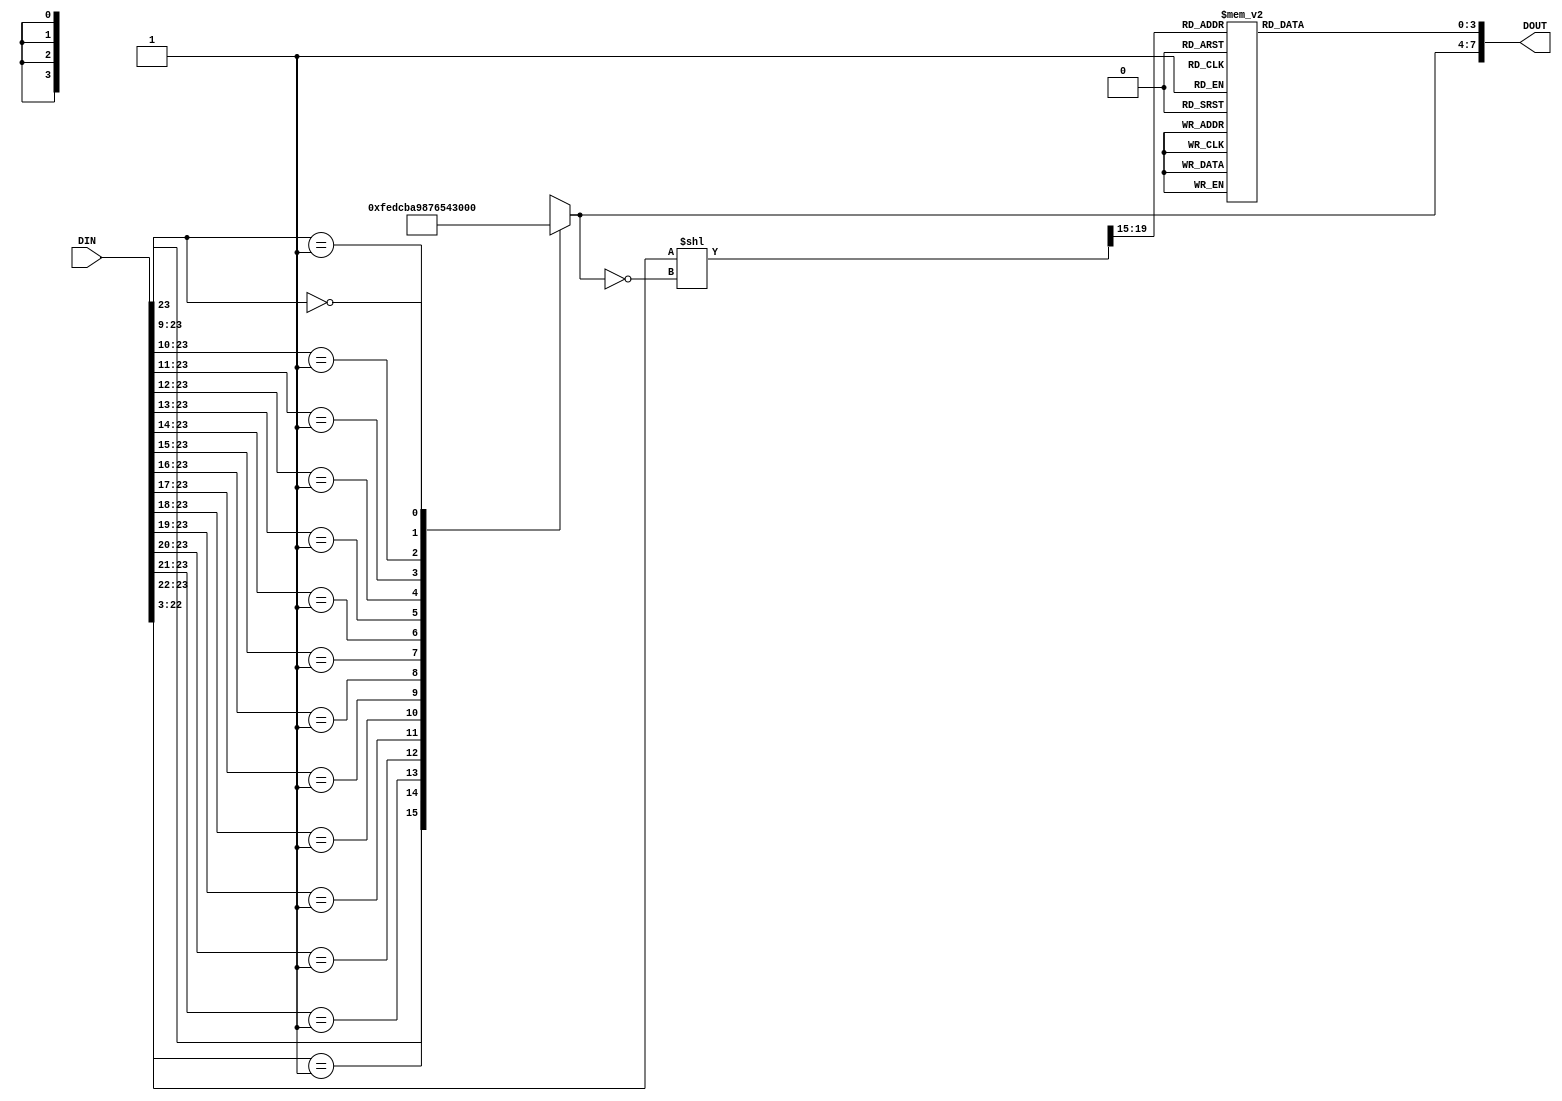
module Log2flowthru

/* 
A fast base-2 logarithm function, 24 bits (21 used) in, 8 bits out.
Designed and coded by: Michael Dunn, http://www.cantares.on.ca/
(more info at the web site - see "Extras")
Executes every cycle, with a latency of 1 - slower throughput than pipelined
version, but faster result.

This version has a smallish lookup table, hence, a slightly uneven output.
Valid input range = 000100 - FFFFFF. In effect, there is a binary point:
xxxx.yy. Logs of inputs below 1.00 are negative, and not handled by this design.

License: Free to use & modify, but please keep this header intact.
July 27, 2010, Kitchener, Ontario, Canada
*/

(
	input [23:0]	DIN,
	output	[7:0]	DOUT
);


// Comprises 3 main blocks: priority encoder, barrel shifter, and LUT

reg	[3:0]	priencout1;
reg	[3:0]	LUTout; 

assign	DOUT	=	{priencout1, LUTout};	// Basic top-level connectivity


// Barrel shifter - OMG, it's a primitive in Verilog!

wire	[19:0]	barrelin	=	DIN[22:3];
wire	[19:0]	tmp1 =	(barrelin << ~priencout1);
wire 	[4:0]	barrelout	=	tmp1[19:15];


// Priority encoder

wire	[15:0]	priencin = DIN[23:8];
always @*
casex (priencin)

	16'b1xxxxxxxxxxxxxxx:	priencout1	=	15;
	16'b01xxxxxxxxxxxxxx:	priencout1	=	14;
	16'b001xxxxxxxxxxxxx:	priencout1	=	13;	
	16'b0001xxxxxxxxxxxx:	priencout1	=	12;	
	16'b00001xxxxxxxxxxx:	priencout1	=	11;	
	16'b000001xxxxxxxxxx:	priencout1	=	10;	
	16'b0000001xxxxxxxxx:	priencout1	=	9;	
	16'b00000001xxxxxxxx:	priencout1	=	8;	
	16'b000000001xxxxxxx:	priencout1	=	7;	
	16'b0000000001xxxxxx:	priencout1	=	6;	
	16'b00000000001xxxxx:	priencout1	=	5;	
	16'b000000000001xxxx:	priencout1	=	4;	
	16'b0000000000001xxx:	priencout1	=	3;	
	16'b00000000000001xx:	priencout1	=	2;	
	16'b000000000000001x:	priencout1	=	1;	
	16'b000000000000000x:	priencout1	=	0;
	
endcase



/*
LUT for log fraction lookup
 - can be done with array or case:

case (addr)
0:out=0;
.
31:out=15;
endcase

	OR
	
wire [3:0] lut [0:31];
assign lut[0] = 0;
.
assign lut[31] = 15;

Are there any better ways?
*/

// Let's try "case".
// The equation is: output = log2(1+input/32)*16
// For larger tables, better to generate a separate data file using a program!

always @*
case (barrelout)

	0:	LUTout	=	0;
	1:	LUTout	=	1;
	2:	LUTout	=	1;
	3:	LUTout	=	2;
	4:	LUTout	=	3;
	5:	LUTout	=	3;
	6:	LUTout	=	4;
	7:	LUTout	=	5;
	8:	LUTout	=	5;
	9:	LUTout	=	6;
	10:	LUTout	=	6;
	11:	LUTout	=	7;
	12:	LUTout	=	7;
	13:	LUTout	=	8;
	14:	LUTout	=	8;
	15:	LUTout	=	9;
	16:	LUTout	=	9;
	17:	LUTout	=	10;
	18:	LUTout	=	10;
	19:	LUTout	=	11;
	20:	LUTout	=	11;
	21:	LUTout	=	12;
	22:	LUTout	=	12;
	23:	LUTout	=	13;
	24:	LUTout	=	13;
	25:	LUTout	=	13;
	26:	LUTout	=	14;
	27:	LUTout	=	14;
	28:	LUTout	=	14;	// calculated value is *slightly* closer to 15, but 14 makes for a smoother curve!
	29:	LUTout	=	15;
	30:	LUTout	=	15;
	31:	LUTout	=	15;

endcase

endmodule
module Log2highacc

/* 
A fast base-2 logarithm function, 24 bits (22 used) in, 12 bits out.
Designed and coded by: Michael Dunn, http://www.cantares.on.ca/
(more info at the web site - see "Extras")
Executes every cycle, with a latency of 3.

Compared to previous versions, this one has a larger, higher resolution
lookup table. This provides a smoother and more accurate output, though
a downside of having higher LUT resolution than the LUT depth fully
supports is that there are missing codes in the output. If this is a problem,
the lower 2 or 3 output bits can be ignored. In most cases, use all the
bits you can!

Valid input range = 000100 - FFFFFF. In effect, there is a binary point:
xxxx.yy. Logs of inputs below 1.00 are negative, and not handled by this design.

License: Free to use & modify, but please keep this header intact.
August 2, 2010, Kitchener, Ontario, Canada
*/

(
	input [23:0]	DIN,
	input			clk,

	output	[11:0]	DOUT
);


// Comprises 4 main blocks: priority encoder, barrel shifter, LUT, and adder.

reg	[3:0]	priencout1;
reg	[3:0]	priencout2;
reg	[3:0]	priencout3;
reg	[5:0]	barrelout;
reg	[20:0]	barrelin;
reg	[7:0]	LUTout;

assign	DOUT	=	{priencout3, LUTout};	// Basic top-level connectivity

always @(posedge clk) 					
begin
	priencout2	<=	priencout1;
	priencout3	<=	priencout2;
	barrelin	<=	DIN[22:2];
end


wire [20:0] tmp1 =	(barrelin << ~priencout1);	// Barrel shifter - OMG, it's a primitive in Verilog!
always @(posedge clk)
begin
	barrelout	<=	tmp1[20:15];
end


wire	[15:0]	priencin = DIN[23:8];

always @(posedge clk)						// Priority encoder

casex (priencin)

	16'b1xxxxxxxxxxxxxxx:	priencout1	<=	15;
	16'b01xxxxxxxxxxxxxx:	priencout1	<=	14;
	16'b001xxxxxxxxxxxxx:	priencout1	<=	13;	
	16'b0001xxxxxxxxxxxx:	priencout1	<=	12;	
	16'b00001xxxxxxxxxxx:	priencout1	<=	11;	
	16'b000001xxxxxxxxxx:	priencout1	<=	10;	
	16'b0000001xxxxxxxxx:	priencout1	<=	9;	
	16'b00000001xxxxxxxx:	priencout1	<=	8;	
	16'b000000001xxxxxxx:	priencout1	<=	7;	
	16'b0000000001xxxxxx:	priencout1	<=	6;	
	16'b00000000001xxxxx:	priencout1	<=	5;	
	16'b000000000001xxxx:	priencout1	<=	4;	
	16'b0000000000001xxx:	priencout1	<=	3;	
	16'b00000000000001xx:	priencout1	<=	2;	
	16'b000000000000001x:	priencout1	<=	1;	
	16'b000000000000000x:	priencout1	<=	0;
	
endcase



/*
LUT for log fraction lookup
 - can be done with array or case:

case (addr)
0:out=0;
.
31:out=15;
endcase

	OR
	
wire [3:0] lut [0:31];
assign lut[0] = 0;
.
assign lut[31] = 15;

Are there any better ways?
*/

// Let's try "case".
// The equation is: output = log2(1+input/64)*256
// For larger tables, better to generate a separate data file using a program!

always @(posedge clk)
case (barrelout)

	0:	LUTout	<=	0;
	1:	LUTout	<=	6;
	2:	LUTout	<=	11;
	3:	LUTout	<=	17;
	4:	LUTout	<=	22;
	5:	LUTout	<=	28;
	6:	LUTout	<=	33;
	7:	LUTout	<=	38;
	8:	LUTout	<=	44;
	9:	LUTout	<=	49;
	10:	LUTout	<=	54;
	11:	LUTout	<=	59;
	12:	LUTout	<=	63;
	13:	LUTout	<=	68;
	14:	LUTout	<=	73;
	15:	LUTout	<=	78;
	16:	LUTout	<=	82;
	17:	LUTout	<=	87;
	18:	LUTout	<=	92;
	19:	LUTout	<=	96;
	20:	LUTout	<=	100;
	21:	LUTout	<=	105;
	22:	LUTout	<=	109;
	23:	LUTout	<=	113;
	24:	LUTout	<=	118;
	25:	LUTout	<=	122;
	26:	LUTout	<=	126;
	27:	LUTout	<=	130;
	28:	LUTout	<=	134;
	29:	LUTout	<=	138;
	30:	LUTout	<=	142;
	31:	LUTout	<=	146;
	32:	LUTout	<=	150;
	33:	LUTout	<=	154;
	34:	LUTout	<=	157;
	35:	LUTout	<=	161;
	36:	LUTout	<=	165;
	37:	LUTout	<=	169;
	38:	LUTout	<=	172;
	39:	LUTout	<=	176;
	40:	LUTout	<=	179;
	41:	LUTout	<=	183;
	42:	LUTout	<=	186;
	43:	LUTout	<=	190;
	44:	LUTout	<=	193;
	45:	LUTout	<=	197;
	46:	LUTout	<=	200;
	47:	LUTout	<=	203;
	48:	LUTout	<=	207;
	49:	LUTout	<=	210;
	50:	LUTout	<=	213;
	51:	LUTout	<=	216;
	52:	LUTout	<=	220;
	53:	LUTout	<=	223;
	54:	LUTout	<=	226;
	55:	LUTout	<=	229;
	56:	LUTout	<=	232;
	57:	LUTout	<=	235;
	58:	LUTout	<=	238;
	59:	LUTout	<=	241;
	60:	LUTout	<=	244;
	61:	LUTout	<=	247;
	62:	LUTout	<=	250;
	63:	LUTout	<=	253;

endcase

endmodule
module Log2pipelined

/* 
A fast base-2 logarithm function, 24 bits (21 used) in, 8 bits out.
Designed and coded by: Michael Dunn, http://www.cantares.on.ca/
(more info at the web site - see "Extras")
Executes every cycle, with a latency of 3.

This version has a smallish lookup table, hence, a slightly uneven output.
Valid input range = 000100 - FFFFFF. In effect, there is a binary point:
xxxx.yy. Logs of inputs below 1.00 are negative, and not handled by this design.

License: Free to use & modify, but please keep this header intact.
July 22, 2010, Kitchener, Ontario, Canada
*/

(
	input [23:0]	DIN,
	input			clk,

	output	[7:0]	DOUT
);


// Comprises 3 main blocks: priority encoder, barrel shifter, and LUT

reg	[3:0]	priencout1;
reg	[3:0]	priencout2;
reg	[3:0]	priencout3;
reg	[4:0]	barrelout;
reg	[19:0]	barrelin;
reg	[3:0]	LUTout; 


assign	DOUT	=	{priencout3, LUTout};	// Basic top-level connectivity

always @(posedge clk) 					
begin
	priencout2	<=	priencout1;
	priencout3	<=	priencout2;
	barrelin	<=	DIN[22:3];
end


wire [19:0] tmp1 =	(barrelin << ~priencout1);	// Barrel shifter - OMG, it's a primitive in Verilog!
always @(posedge clk)
begin
	barrelout	<=	tmp1[19:15];
end



wire	[15:0]	priencin = DIN[23:8];

always @(posedge clk)						// Priority encoder

casex (priencin)

	16'b1xxxxxxxxxxxxxxx:	priencout1	<=	15;
	16'b01xxxxxxxxxxxxxx:	priencout1	<=	14;
	16'b001xxxxxxxxxxxxx:	priencout1	<=	13;	
	16'b0001xxxxxxxxxxxx:	priencout1	<=	12;	
	16'b00001xxxxxxxxxxx:	priencout1	<=	11;	
	16'b000001xxxxxxxxxx:	priencout1	<=	10;	
	16'b0000001xxxxxxxxx:	priencout1	<=	9;	
	16'b00000001xxxxxxxx:	priencout1	<=	8;	
	16'b000000001xxxxxxx:	priencout1	<=	7;	
	16'b0000000001xxxxxx:	priencout1	<=	6;	
	16'b00000000001xxxxx:	priencout1	<=	5;	
	16'b000000000001xxxx:	priencout1	<=	4;	
	16'b0000000000001xxx:	priencout1	<=	3;	
	16'b00000000000001xx:	priencout1	<=	2;	
	16'b000000000000001x:	priencout1	<=	1;	
	16'b000000000000000x:	priencout1	<=	0;
	
endcase



/*
LUT for log fraction lookup
 - can be done with array or case:

case (addr)
0:out=0;
.
31:out=15;
endcase

	OR
	
wire [3:0] lut [0:31];
assign lut[0] = 0;
.
assign lut[31] = 15;

Are there any better ways?
*/

// Let's try "case".
// The equation is: output = log2(1+input/32)*16
// For larger tables, better to generate a separate data file using a program!

always @(posedge clk)
case (barrelout)

	0:	LUTout	<=	0;
	1:	LUTout	<=	1;
	2:	LUTout	<=	1;
	3:	LUTout	<=	2;
	4:	LUTout	<=	3;
	5:	LUTout	<=	3;
	6:	LUTout	<=	4;
	7:	LUTout	<=	5;
	8:	LUTout	<=	5;
	9:	LUTout	<=	6;
	10:	LUTout	<=	6;
	11:	LUTout	<=	7;
	12:	LUTout	<=	7;
	13:	LUTout	<=	8;
	14:	LUTout	<=	8;
	15:	LUTout	<=	9;
	16:	LUTout	<=	9;
	17:	LUTout	<=	10;
	18:	LUTout	<=	10;
	19:	LUTout	<=	11;
	20:	LUTout	<=	11;
	21:	LUTout	<=	12;
	22:	LUTout	<=	12;
	23:	LUTout	<=	13;
	24:	LUTout	<=	13;
	25:	LUTout	<=	13;
	26:	LUTout	<=	14;
	27:	LUTout	<=	14;
	28:	LUTout	<=	14;	// calculated value is *slightly* closer to 15, but 14 makes for a smoother curve!
	29:	LUTout	<=	15;
	30:	LUTout	<=	15;
	31:	LUTout	<=	15;

endcase

endmodule